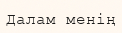
Далам менің